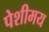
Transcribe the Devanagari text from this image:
पेशीमय